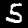
Label: 5